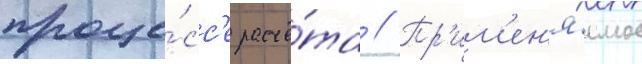
проце́сс'е расчё́та // Пр'им'ен'я́емое